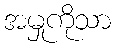
အမှုကိုသာ